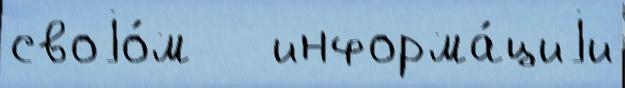
своjо́м   информа́циjи